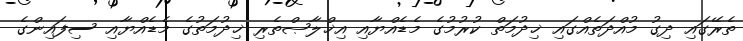
ތެރޭގައި ދިގު މުއްދަތެއްގައި ޚިދުމަތް ކުރުމުގެ މެޑެއްޔާއި އިޚްލާޞްތެރި ޚިދުމަތުގެ މެޑެއްޔާއި ސިފައިންގެ